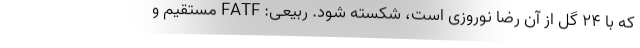
که با 24 گل از آن رضا نوروزی است، شکسته شود. ربیعی: FATF مستقیم و